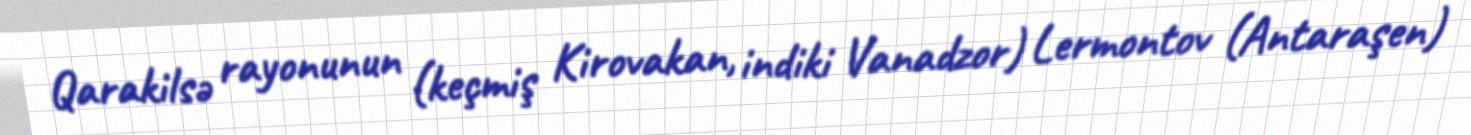
Qarakilsə rayonunun (keçmiş Kirovakan, indiki Vanadzor) Lermontov (Antaraşen)